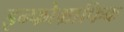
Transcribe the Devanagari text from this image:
इन्फोग्राफिक